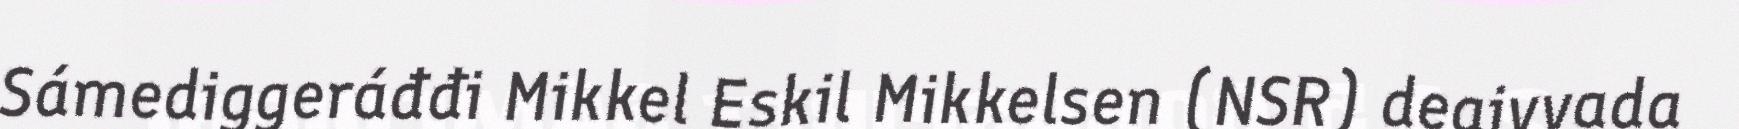
Sámediggeráđđi Mikkel Eskil Mikkelsen (NSR) deaivvada